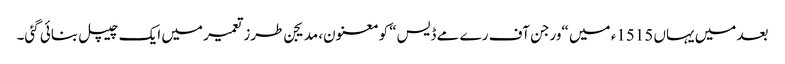
بعد میں یہاں 1515ء میں “ورجن آف رے مے ڈیس“ کو معنون، مدیجن طرزتعمیر میں ایک چیپل بنائی گئی۔